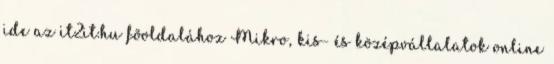
ide az it2it.hu fõoldalához Mikro, kis- és középvállalatok online